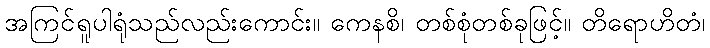
အကြင်ရူပါရုံသည်လည်းကောင်း။ ကေနစိ၊ တစ်စုံတစ်ခုဖြင့်။ တိရောဟိတံ၊